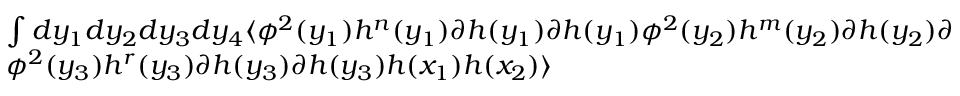
\begin{array} { l } { { \int d y _ { 1 } d y _ { 2 } d y _ { 3 } d y _ { 4 } \langle \phi ^ { 2 } ( y _ { 1 } ) h ^ { n } ( y _ { 1 } ) \partial h ( y _ { 1 } ) \partial h ( y _ { 1 } ) \phi ^ { 2 } ( y _ { 2 } ) h ^ { m } ( y _ { 2 } ) \partial h ( y _ { 2 } ) \partial h ( y _ { 2 } ) } } \\ { { \phi ^ { 2 } ( y _ { 3 } ) h ^ { r } ( y _ { 3 } ) \partial h ( y _ { 3 } ) \partial h ( y _ { 3 } ) h ( x _ { 1 } ) h ( x _ { 2 } ) \rangle } } \end{array}